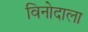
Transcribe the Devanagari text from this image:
विनोदाला